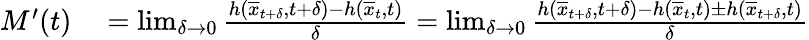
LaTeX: \begin{array}{rl}{M^{\prime}(t)}&{{}=\operatorname*{lim}_{\delta\rightarrow 0}\frac{h(\overline{{x}}_{t+\delta},t+\delta)-h(\overline{{x}}_{t},t)}{\delta}=\operatorname*{lim}_{\delta\rightarrow 0}\frac{h(\overline{{x}}_{t+\delta},t+\delta)-h(\overline{{x}}_{t},t)\pm h(\overline{{x}}_{t+\delta},t)}{\delta}}\end{array}